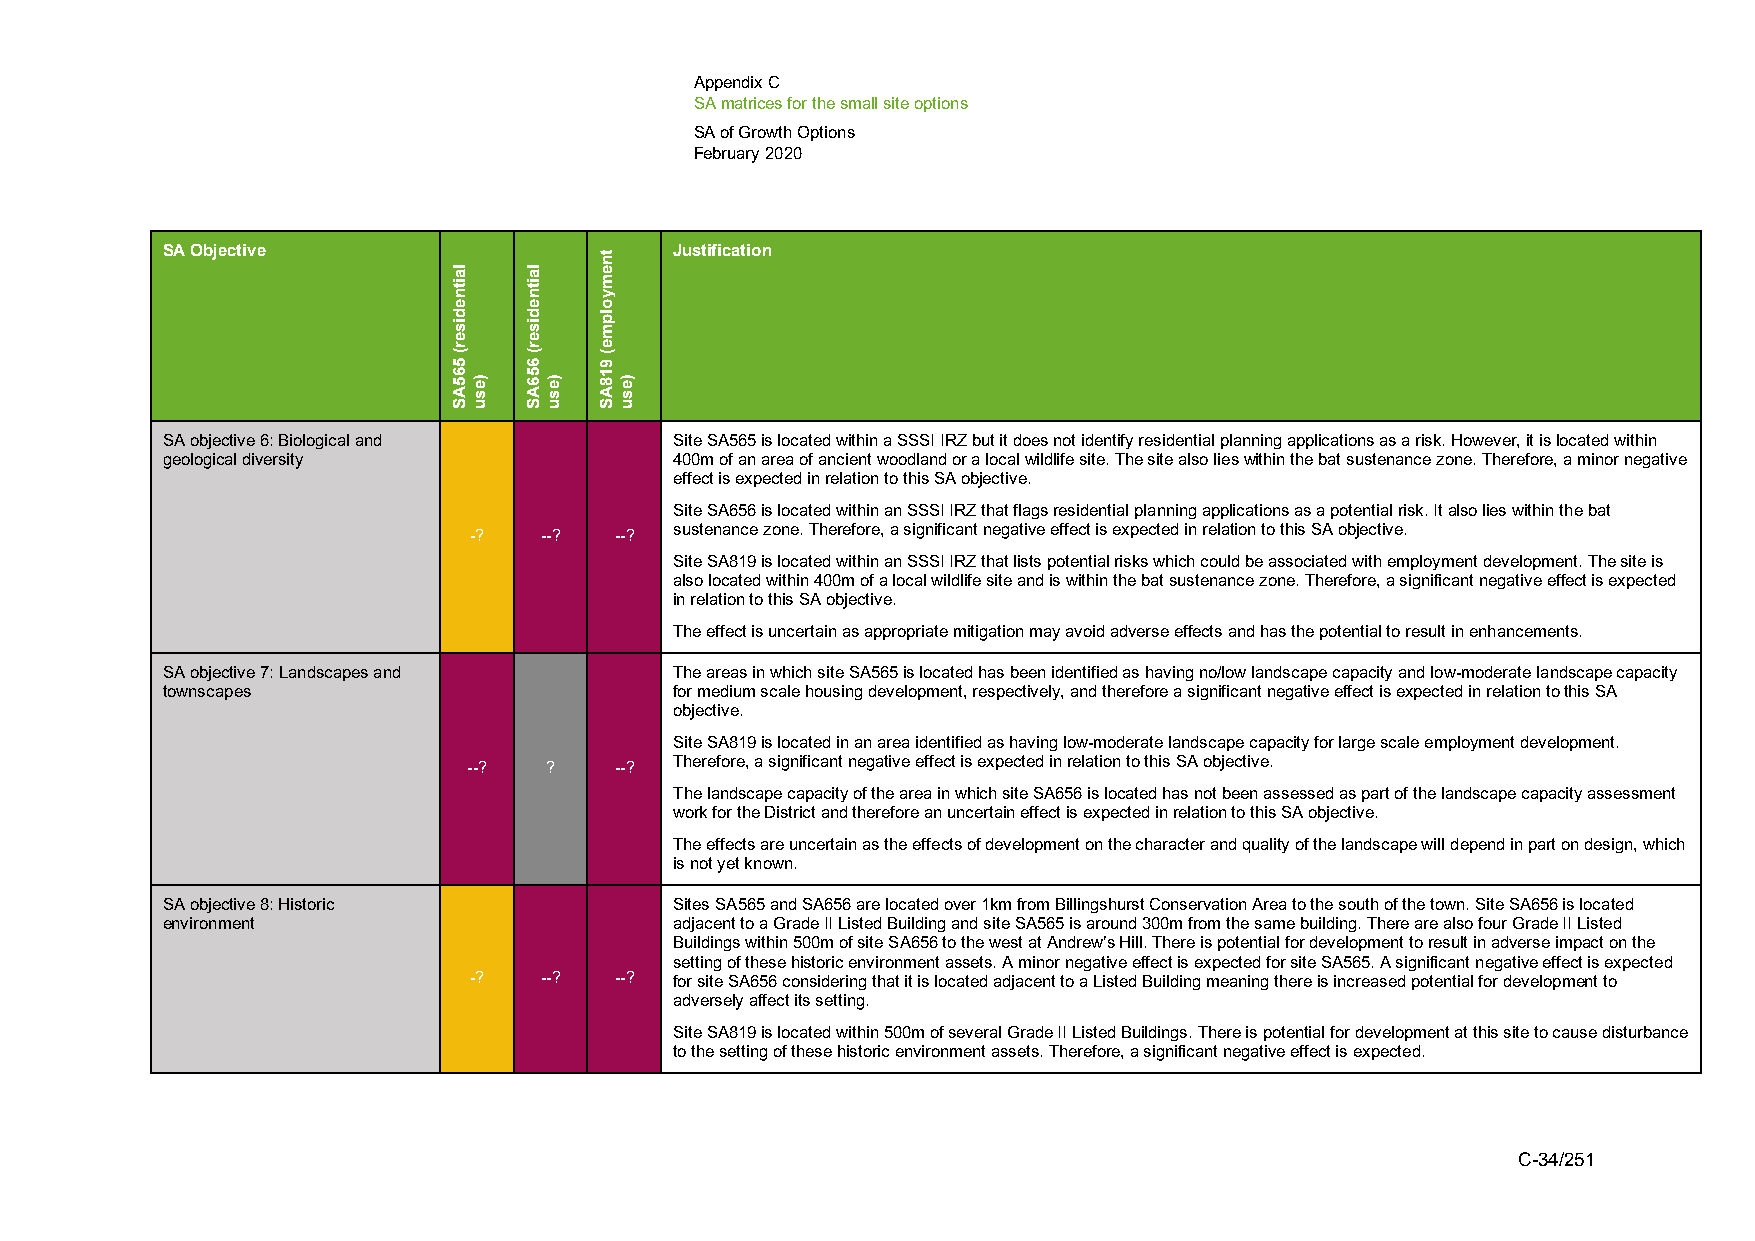
Appendix C
 SA matrices for the small site options
 SA of Growth Options
 February 2020
 SA Objective                      Justification
 SA objective 6: Biological and    Site SA565 is located within a SSSI IRZ but it does not identify residential planning applications as a risk. However, it is located within
 geological diversity              400m of an area of ancient woodland or a local wildlife site. The site also lies within the bat sustenance zone. Therefore, a minor negative
 effect is expected in relation to this SA objective.
 Site SA656 is located within an SSSI IRZ that flags residential planning applications as a potential risk. It also lies within the bat
 -?   --?  --? sustenance zone. Therefore, a significant negative effect is expected in relation to this SA objective.
 Site SA819 is located within an SSSI IRZ that lists potential risks which could be associated with employment development. The site is
 also located within 400m of a local wildlife site and is within the bat sustenance zone. Therefore, a significant negative effect is expected
 in relation to this SA objective.
 The effect is uncertain as appropriate mitigation may avoid adverse effects and has the potential to result in enhancements.
 SA objective 7: Landscapes and    The areas in which site SA565 is located has been identified as having no/low landscape capacity and low-moderate landscape capacity
 townscapes                        for medium scale housing development, respectively, and therefore a significant negative effect is expected in relation to this SA
 objective.
 Site SA819 is located in an area identified as having low-moderate landscape capacity for large scale employment development.
 --?  ?    --? Therefore, a significant negative effect is expected in relation to this SA objective.
 The landscape capacity of the area in which site SA656 is located has not been assessed as part of the landscape capacity assessment
 work for the District and therefore an uncertain effect is expected in relation to this SA objective.
 The effects are uncertain as the effects of development on the character and quality of the landscape will depend in part on design, which
 is not yet known.
 SA objective 8: Historic          Sites SA565 and SA656 are located over 1km from Billingshurst Conservation Area to the south of the town. Site SA656 is located
 environment                       adjacent to a Grade II Listed Building and site SA565 is around 300m from the same building. There are also four Grade II Listed
 Buildings within 500m of site SA656 to the west at Andrew’s Hill. There is potential for development to result in adverse impact on the
 setting of these historic environment assets. A minor negative effect is expected for site SA565. A significant negative effect is expected
 -?   --?  --? for site SA656 considering that it is located adjacent to a Listed Building meaning there is increased potential for development to
 adversely affect its setting.
 Site SA819 is located within 500m of several Grade II Listed Buildings. There is potential for development at this site to cause disturbance
 to the setting of these historic environment assets. Therefore, a significant negative effect is expected.
 C-34/251
 laitnediser(
 565AS
 )esu
 laitnediser(
 656AS
 )esu
 tnemyolpme(
 918AS
 )esu